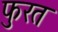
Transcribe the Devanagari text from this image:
फुरत